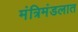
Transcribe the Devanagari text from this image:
मंत्रिमंडलात